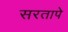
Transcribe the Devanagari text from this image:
सरतापे